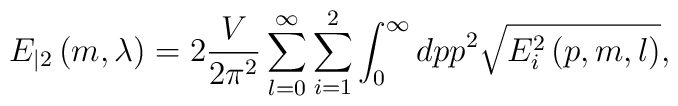
E_{|2}\left( m,\lambda \right) =2\frac V{2\pi ^2}\sum_{l=0}^\infty\sum_{i=1}^2\int_0^\infty dpp^2\sqrt{E_i^2\left( p,m,l\right) },